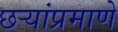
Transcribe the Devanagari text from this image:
छर्‍यांप्रमाणे